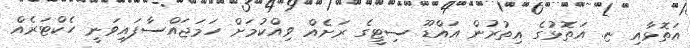
އަތޮޅާއި ޏ. އަތޮޅުގެ އިތުރުން އައްޑޫ ސިޓީގެ ރަށެއް ވިއްކުމަށް ހަމަޖައްސާފައިވަނީ ހެކްޓަރެއް